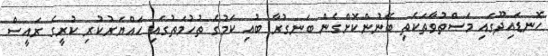
ހޮނޑައިދޫގައި މަސްތުވާތަކެތި ބޭނުންކޮށްގެން ބަނގުރާ ބުއި ކަމުގެ ތުހުމަތުގައި ހައްޔަރުކުރި ކުރީގެ ރައީސް